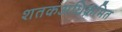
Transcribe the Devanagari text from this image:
शतकअधिक्रमित